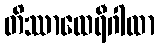
တိဿာထေရီဂါထာ